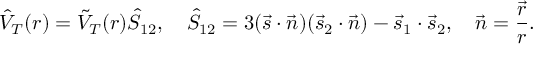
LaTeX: \hat { V } _ { T } ( r ) = \tilde { V } _ { T } ( r ) \hat { S } _ { 1 2 } , \quad \hat { S } _ { 1 2 } = 3 ( \vec { s } \cdot \vec { n } ) ( \vec { s } _ { 2 } \cdot \vec { n } ) - \vec { s } _ { 1 } \cdot \vec { s } _ { 2 } , \quad \vec { n } = \frac { \vec { r } } { r } .